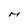
Character: M